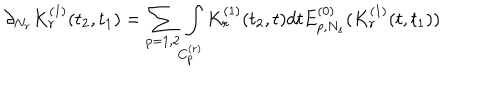
\partial _ { N _ { r } } K _ { r } ^ { ( 1 ) } ( t _ { 2 } , t _ { 1 } ) = \sum _ { p = 1 , 2 } \int _ { C _ { p } ^ { ( r ) } } K _ { r } ^ { ( 1 ) } ( t _ { 2 } , t ) d t E _ { p , N _ { s } } ^ { ( 0 ) } ( K _ { r } ^ { ( 1 ) } ( t , t _ { 1 } ) )